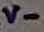
Text: V-